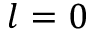
l = 0